Riisipere_vallakohus, lk 16
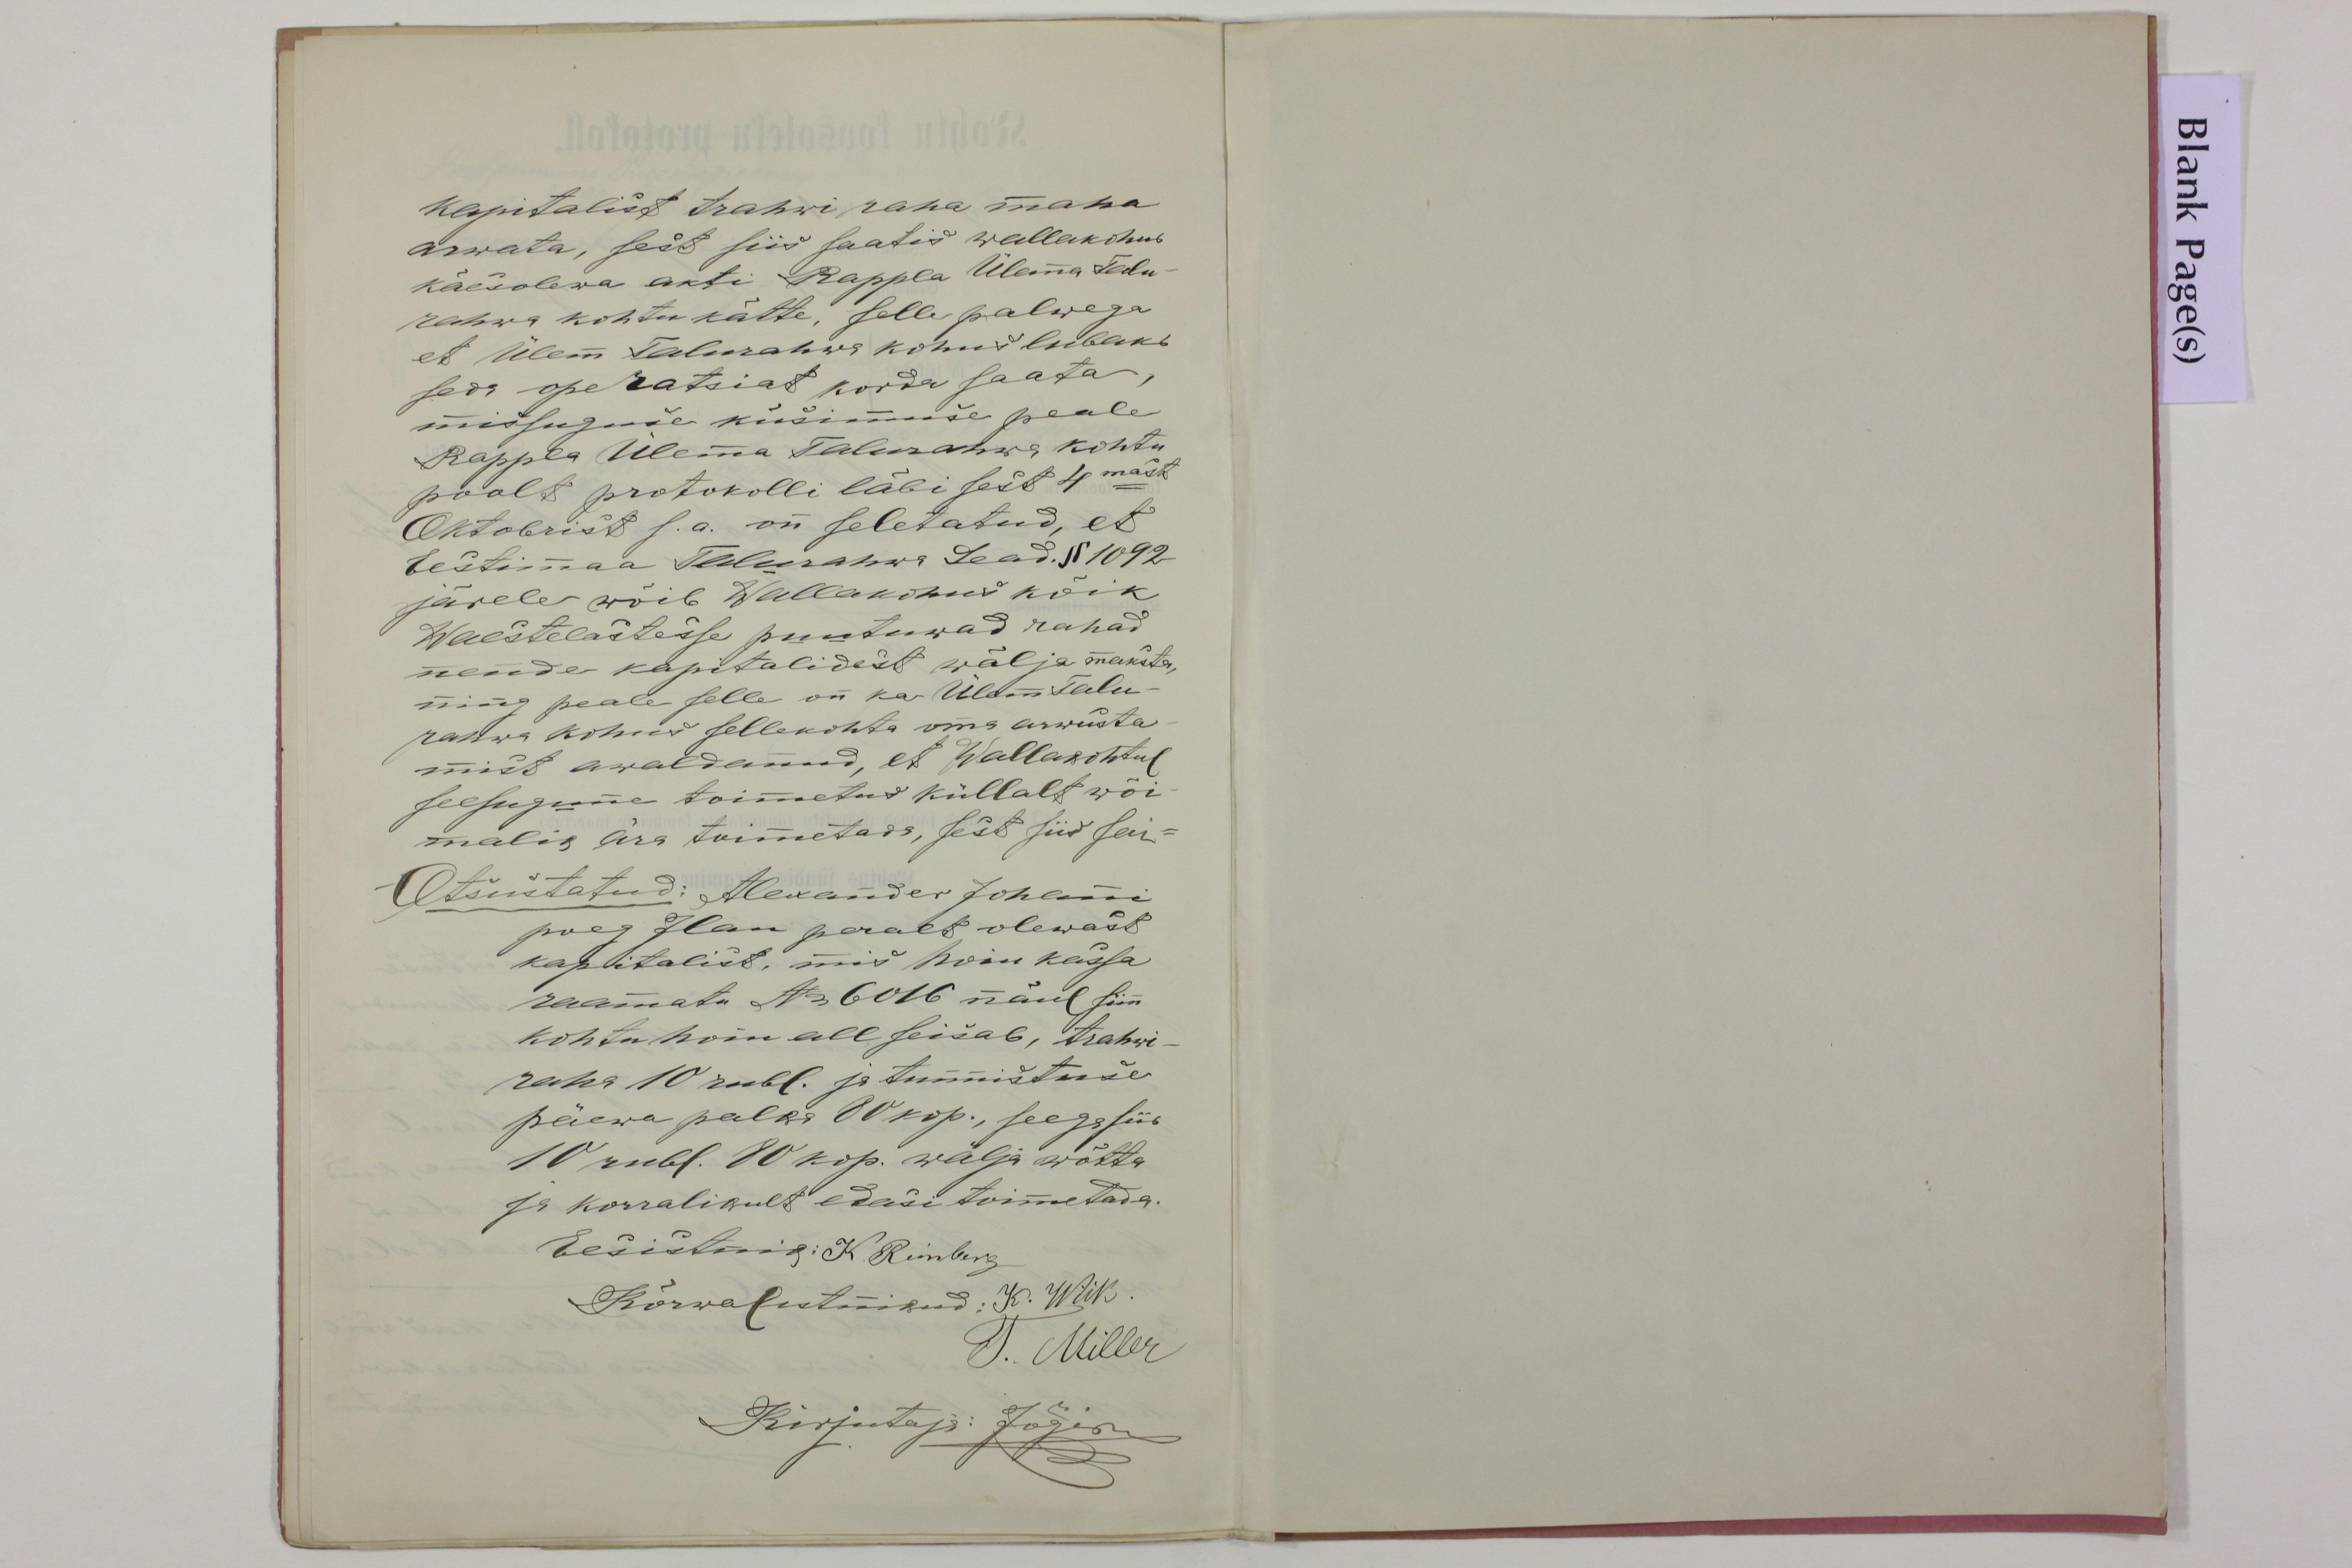
kapitalist trahwi raha maha
arwata, sest siis saatis wallakohus
käesolewa akti Rappla Ülema Talu-
rahwa kohtu kätte, selle palwega
et Ülem Talurahwa kohus lubaks
seda operatsiat korda saata,
missuguse küsimuse peale
Rappla Ülema Talurahwa kohtu
poolt protokolli läbi sest 4mast
Oktobrist s.a. on seletatud, et
Eestimaa Talurahwa Sead. § 1092
järele wõib Wallakohus kõik
Waestelastesse puutuwad rahad
nende kapitalidest wälja maksta
ning peale selle on ka Ülem Talu-
rahwa kohus sellekohta oma arwusta-
mist awaldanud, et Wallakohtul
seesugune toimetus küllalt wõi
malik ära toimetada, sest siis sai
Otsustatud: Alexander Johani
poeg Ilau peralt olewast
kapitalist, mis hoiu kassa
raamatu No 6016 näul siin
kohtu hoiu all seisab, trahwi-
raha 10 rubl. ja tunnistuse
päewa palka 80 kop., seega siis
10 rubl. 80 kop. wälja wõtta
ja korralikult edasi toimetada.
Eesistuja: K. Reinberg
Kõrwalistnikud: K. Wiik
J. Miller
Kirjutaja: Jõgin